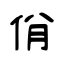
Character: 佾